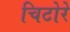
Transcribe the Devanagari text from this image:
चिटोरे